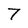
Character: 7